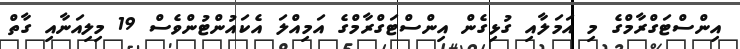
އިންސްޓަގްރާމްގެ މި އަމަލާއި ގުޅިގެން އިންސްޓަގްރާމްގެ އަމިއްލަ އެކައުންޓުންވެސް 19 މިލިއަނާއި ގާތް